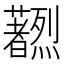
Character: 𫊔